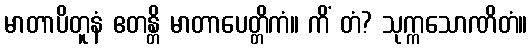
မာတာပိတူနံ ဧတန္တိ မာတာပေတ္တိကံ။ ကိံ တံ? သုက္ကသောဏိတံ။